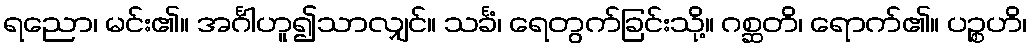
ရညော၊ မင်း၏။ အင်္ဂါဟူ၍သာလျှင်။ သင်္ခံ၊ ရေတွက်ခြင်းသို့။ ဂစ္ဆတိ၊ ရောက်၏။ ပဉ္စဟိ၊